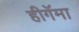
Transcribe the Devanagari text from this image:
हीगॅमा